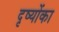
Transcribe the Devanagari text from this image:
दृष्योंका